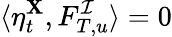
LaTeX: \langle\eta_{t}^{\mathbf{X}},F_{T,u}^{\mathcal{{I}}}\rangle=0